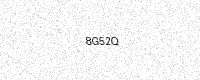
Text: 8G52Q